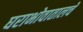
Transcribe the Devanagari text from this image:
घराभोवातालचे